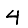
Digit: 4